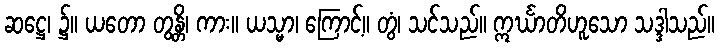
ဆဋ္ဌေ၊ ၌။ ယတော တွန္တိ၊ ကား။ ယသ္မာ၊ ကြောင့်။ တွံ၊ သင်သည်။ ဣင်္ဃာတိဟူသော သဒ္ဒါသည်။